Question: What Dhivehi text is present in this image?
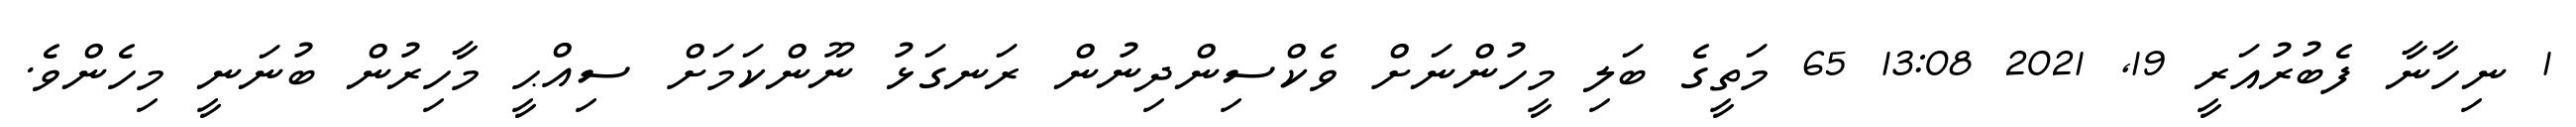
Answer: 1 ނިހާނާ ފެބުރުއަރީ 19, 2021 13:08 65 މަތީގެ ބަލި މީހުންނަށް ވެކްސިންދިނުން ރަނގަޅު ނޫންކަމަށް ސިއްޙީ މާހިރުން ބުނަނީ މިހެންވެ.